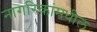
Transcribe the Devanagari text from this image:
नागरिकांमधील